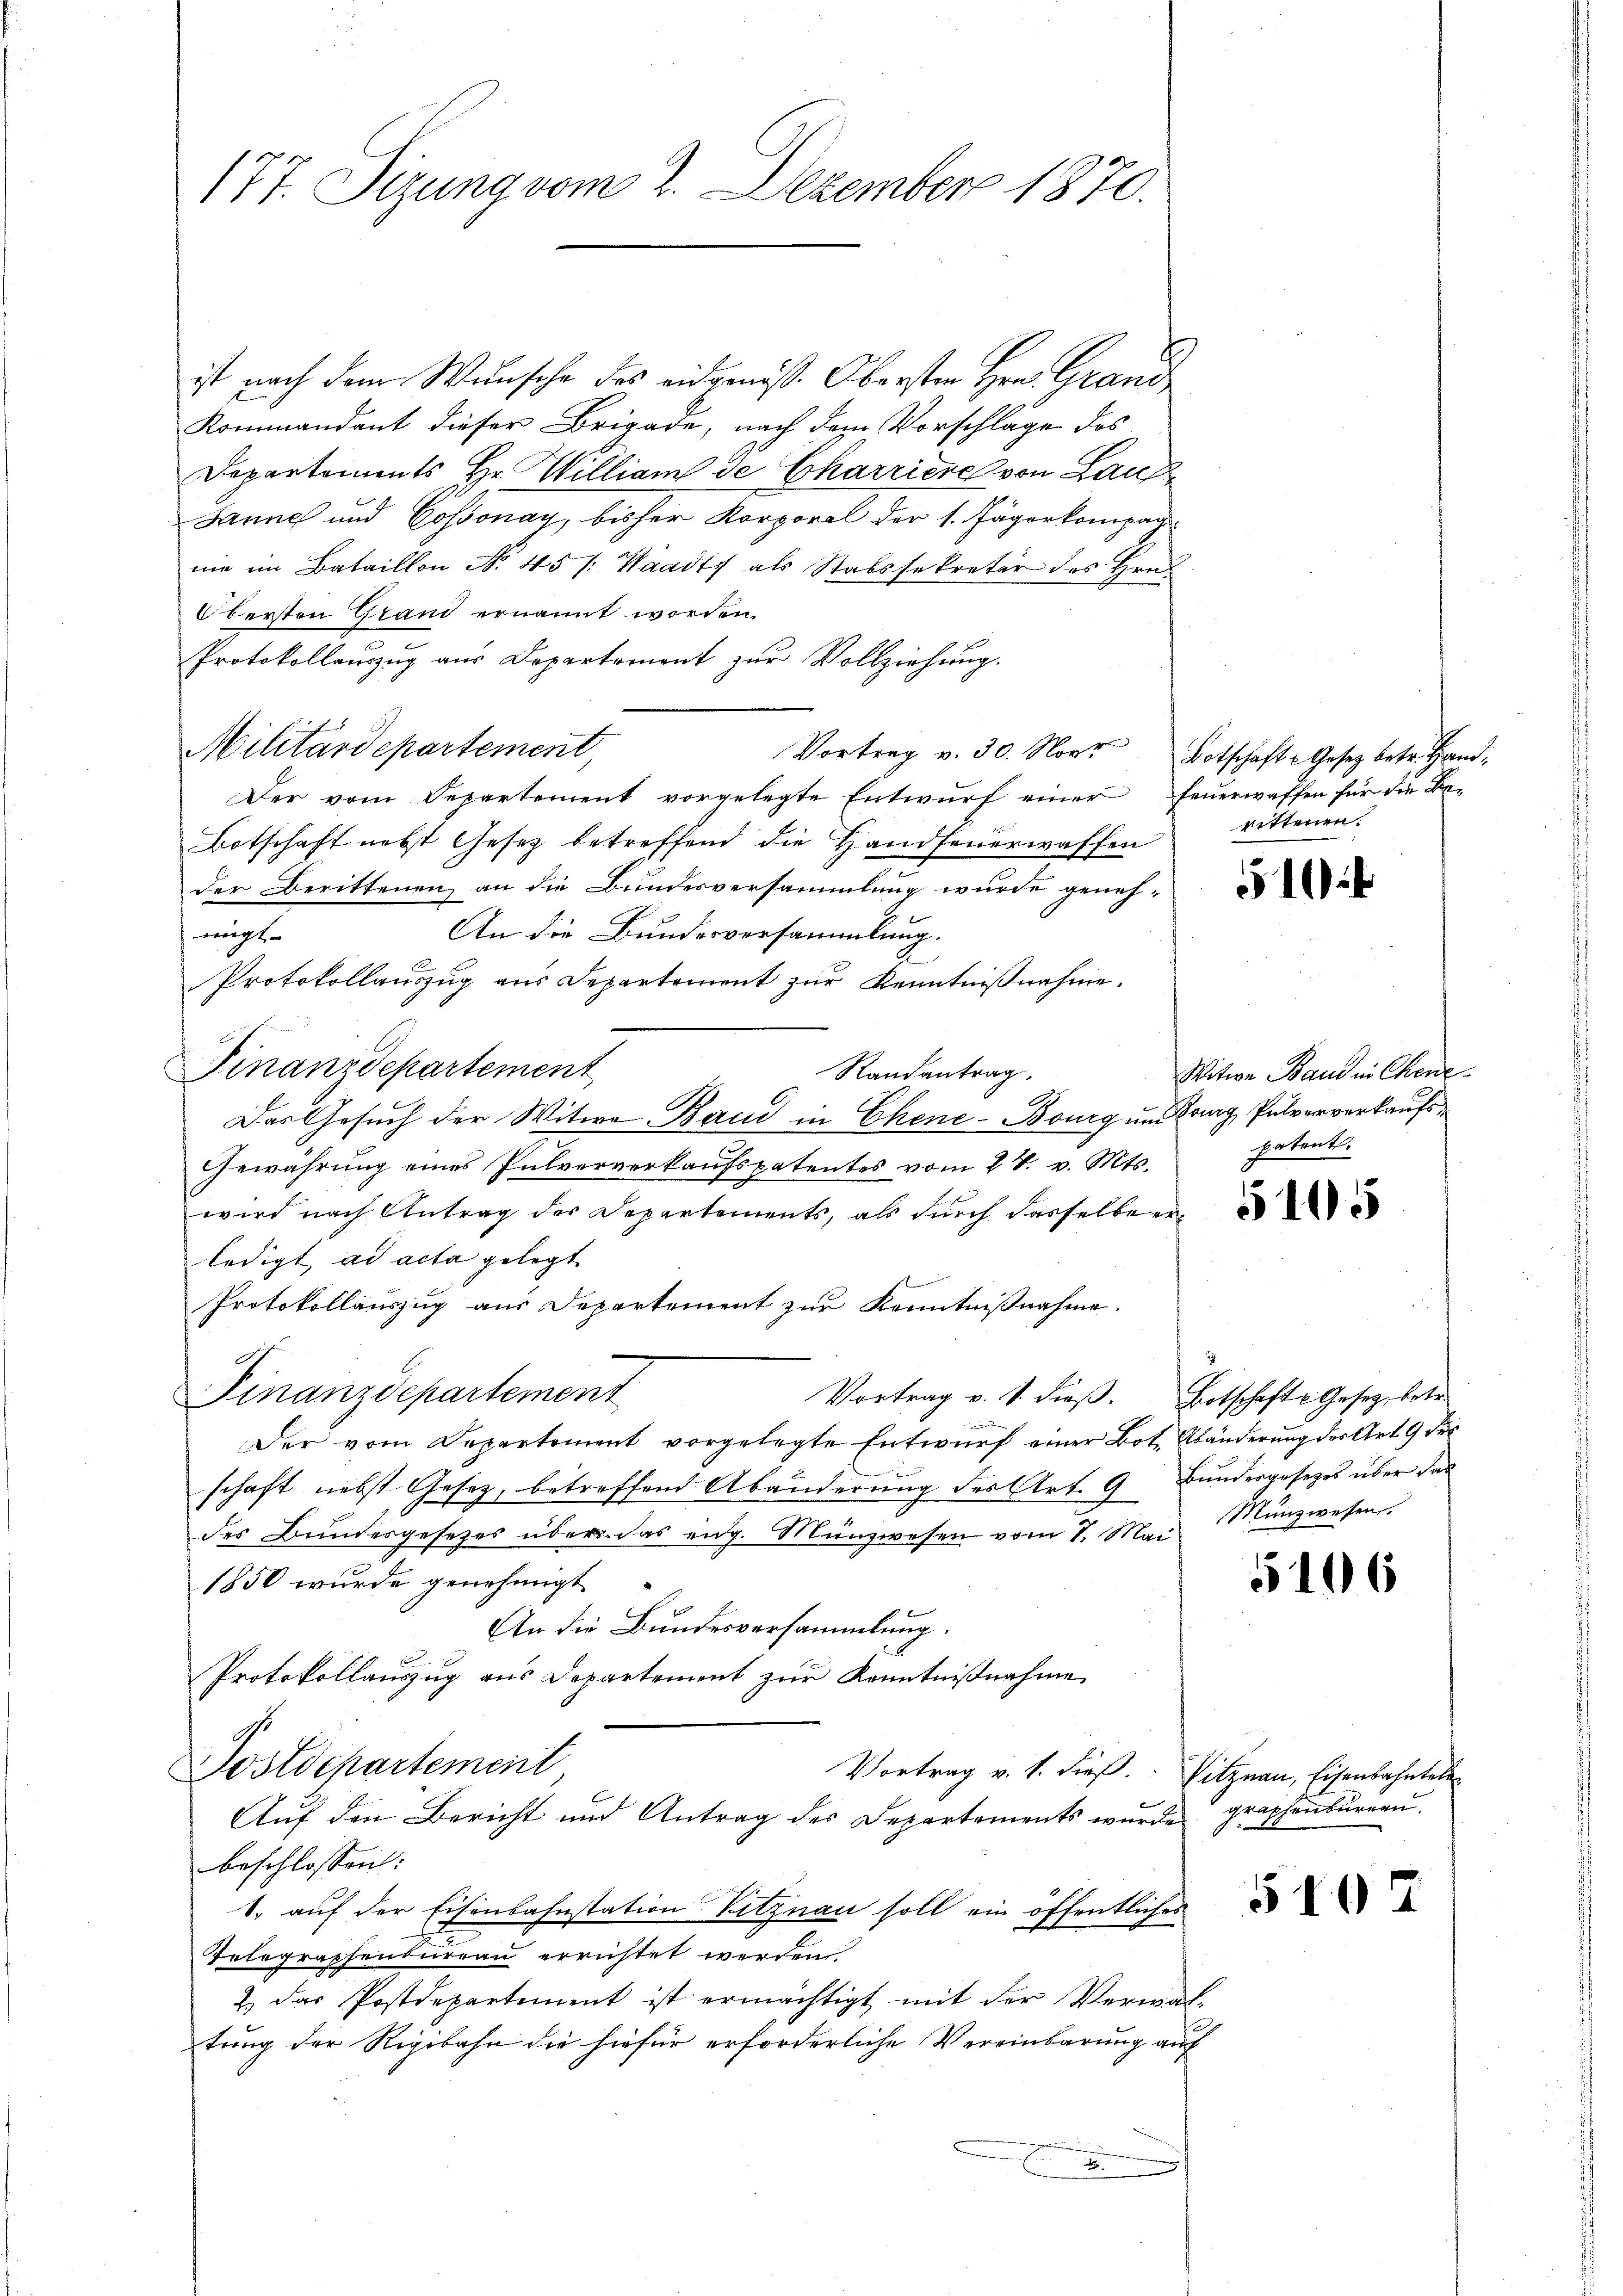
177. Sizung vom 2. Dezember 1870.

ist nach dem Wunsche des eidgenöß. Obersten Hrn. Grand
Kommandant dieser Brigade, nach dem Vorschlage des
Departements Hr. William de Charriere von Laufe
Janne und Cossonay, bisher Korporal der 1. Jägerkompagme im Bataillon No. 45 /: Waadt als Stabssekretär des Hrn.
Obersten Grand ernannt worden.
Protokollauszug aus Departement zur Vollziehung.
Militärdepartement,
Vortrag v. 30. Nov. Botschaft - Gesetz betr. Hand¬
Der vom Departement vorgelegte Entwurf einer Feuerwaffen für die Be¬
Botschaft nebst Gesetz betreffend die Handfeuerwaffen
der Berittenen an die Bundesversammlung wurde geneh¬
An die Bundesversammlung.
nigt
2
Protokollauszug aus Departement zur Kenntnißnahme.
Finanzdepartement
Randantrag.
Das Gesuch der Witwe Band in Chene-Bourg um Gang, Pulververkaufs¬
Gewährung eines Pulververkaufspatentes vom 24. v. Mts.
wird nach Antrag der Departements, als durch dasselben
ledigt, ad acta gelegt.
Protokollauszug aus Departement zur Kenntnißnahme.
Finanzdepartement
Vortrag v. 1. dieß. Botschafte Gesetz betr.
Der vom Departement vorgelegte Entwŭrf einer Bot. Abänderŭng der Art. 9 des
schaft nebst Gesetz, betreffend Abänderung des Art. 9 Bundergesetzes über das
des Bundesgesetzes über das eidg. Münzwesen vom 7. Mai Münzwesen
1850 wurde genehmigt.
An die Bundesversammlung.
Protokollauszug aus Departement zur Kenntnißnahme
Postdepartement
Vortrag v. 1. dieß. Sitznau, Eisenbahntele
Auf den Bericht und Antrag des Departements wurde graphenbureau.
beschlossen:
1. auf der Eisenbahnstation Vitznau soll ein öffentliches
Telegraphenbureau errichtet werden.
& das Postdepartement ist ermächtigt mit der Verwal-
tung der Rigibahn die hiefür erforderliche Vereinbarung auf

rittenen.

510

Witwe Band in Chene
patent.

5106

540